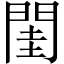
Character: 閨